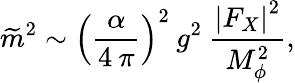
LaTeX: \widetilde{m}^{2}\sim\left(\frac{\alpha}{4\: \pi}\right)^{2}\: g^{2}\: \frac{\left|F_{X}\right|^{2}}{M_{\phi}^{2}},